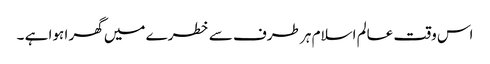
اس وقت عالم اسلام ہر طرف سے خطرے میں گھر ا ہوا ہے ۔